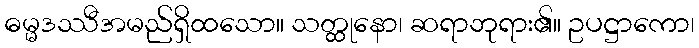
ဓမ္မဒဿီအမည်ရှိထသော။ သတ္ထုနော၊ ဆရာဘုရား၏။ ဥပဋ္ဌာကော၊